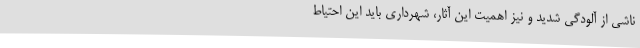
ناشی از آلودگی شدید و نیز اهمیت این آثار، شهرداری باید این احتیاط